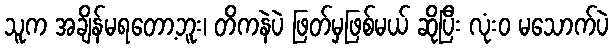
သူက အချိန်မရတော့ဘူး၊ တိကနဲပဲ ဖြတ်မှဖြစ်မယ် ဆိုပြီး လုံးဝ မသောက်ပဲ